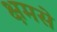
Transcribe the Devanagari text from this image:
क्षमसे